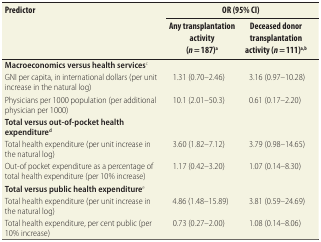
<table><thead><tr><td rowspan="2"><b>Predictor</b></td><td colspan="2"><b>OR (95% CI)</b></td></tr><tr><td><b>Any transplantation activity (<i>n</i> = 187)<sup>a</sup></b></td><td><b>Deceased donor transplantation activity (<i>n</i> = 111)<sup>a,b</sup></b></td></tr></thead><tbody><tr><td><b>Macroeconomics versus health services</b><sup>c</sup></td><td></td><td></td></tr><tr><td>GNI per capita, in international dollars (per unit increase in the natural log)</td><td>1.31 (0.70–2.46)</td><td>3.16 (0.97–10.28)</td></tr><tr><td>Physicians per 1000 population (per additional physician per 1000)</td><td>10.1 (2.01–50.3)</td><td>0.61 (0.17–2.20)</td></tr><tr><td><b>Total versus out-of-pocket health expenditure<sup>d</sup></b></td><td></td><td></td></tr><tr><td>Total health expenditure (per unit increase in the natural log)</td><td>3.60 (1.82–7.12)</td><td>3.79 (0.98–14.65)</td></tr><tr><td>Out-of pocket expenditure as a percentage of total health expenditure (per 10% increase)</td><td>1.17 (0.42–3.20)</td><td>1.07 (0.14–8.30)</td></tr><tr><td><b>Total versus public health expenditure</b><sup>e</sup></td><td></td><td></td></tr><tr><td>Total health expenditure (per unit increase in the natural log)</td><td>4.86 (1.48–15.89)</td><td>3.81 (0.59–24.69)</td></tr><tr><td>Total health expenditure, per cent public (per 10% increase)</td><td>0.73 (0.27–2.00)</td><td>1.08 (0.14–8.06)</td></tr></tbody></table>